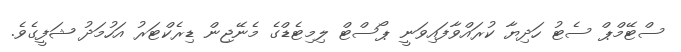
ސްޓޭމްޕް ސެޓު ހަދިޔާ ކުރައްވާފައިވަނީ ޕޯސްޓް ލިމިޓެޑްގެ މެނޭޖިން ޑިރެކްޓަރު އަހުމަދު ޝަފީގެވެ.